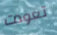
تعودت